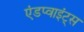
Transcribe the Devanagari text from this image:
एंडप्वाइंट्स